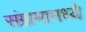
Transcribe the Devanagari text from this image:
संग्रामामध्‍ये